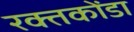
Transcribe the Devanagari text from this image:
रक्तकोंडा